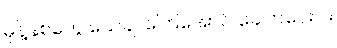
မုန့်နှစ်တွေ သေချာကြေအောင် ခေါက်ပေးပါ။